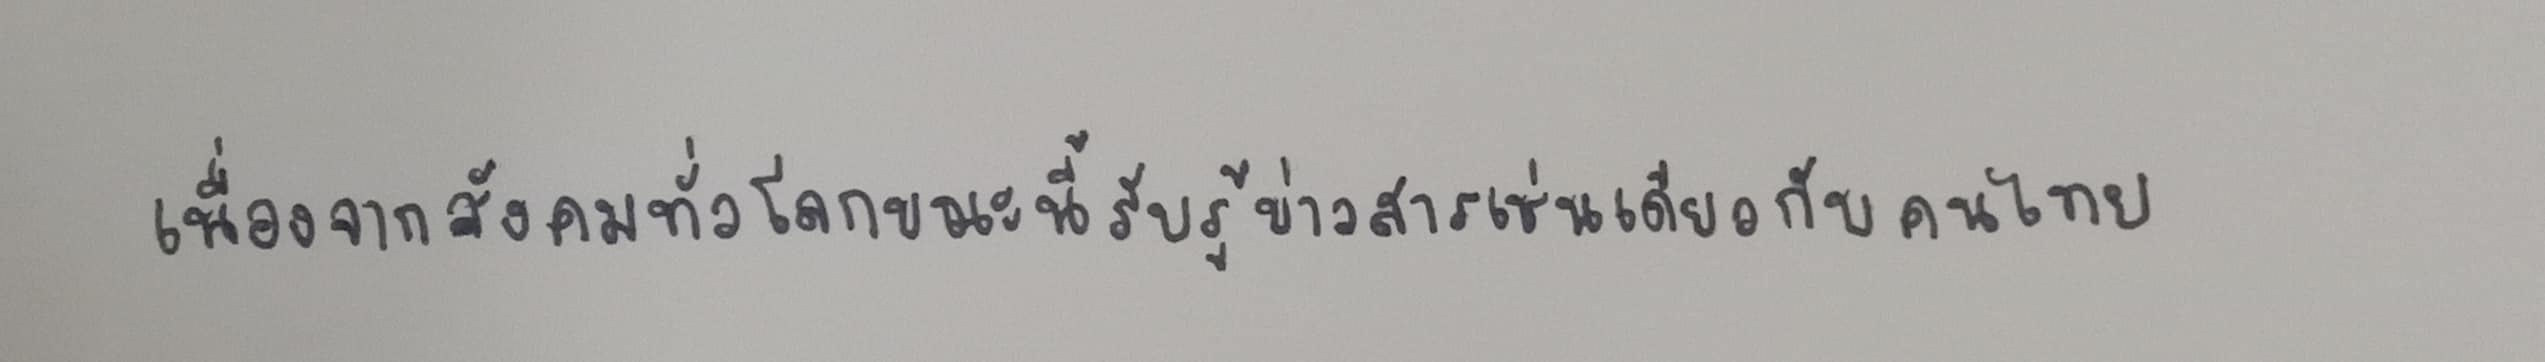
เนื่องจากสังคมทั่วโลกขณะนี้รับรู้ข่าวสารเช่นเดียวกับคนไทย